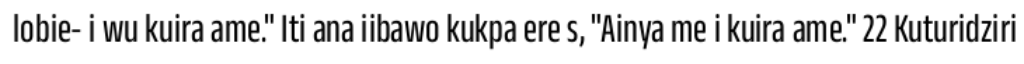
lobie- i wu kuira ame." Iti ana iibawo kukpa ere s, "Ainya me i kuira ame." 22 Kuturidziri